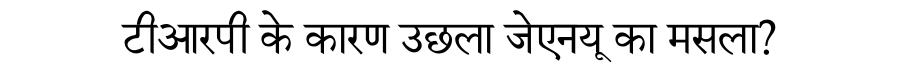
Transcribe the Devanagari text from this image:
टीआरपी के कारण उछला जेएनयू का मसला?